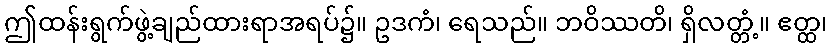
ဤထန်းရွက်ဖွဲ့ချည်ထားရာအရပ်၌။ ဥဒကံ၊ ရေသည်။ ဘဝိဿတိ၊ ရှိလတ္တံ့။ ဧတ္ထ၊